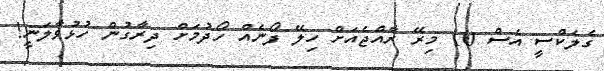
ގެލެކްސީ އެސް 10 މިރޭ ރާއްޖެއަށް ހިލޭ ފޯނެއް ހޯދުމަށް ދިރާގުން ހުޅުވާލަނީ!